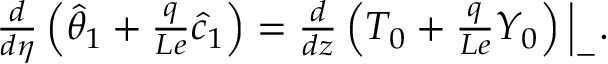
\begin{array} { r } { \frac { d } { d \eta } \left( \hat { \theta } _ { 1 } + \frac { q } { L e } \hat { c } _ { 1 } \right) = \frac { d } { d z } \left( { T } _ { 0 } + \frac { q } { L e } { Y } _ { 0 } \right) \Big | _ { - } . } \end{array}